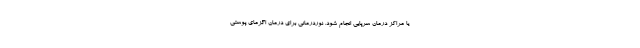
یا مراکز درمان سرپایی انجام شود. نوردرمانی برای درمان اگزمای پوستی